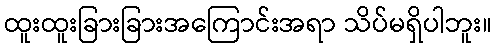
ထူးထူးခြားခြားအကြောင်းအရာ သိပ်မရှိပါဘူး။